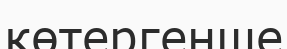
көтергенше